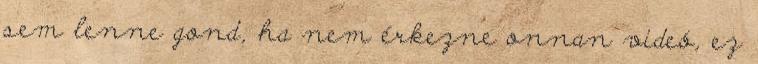
sem lenne gond, ha nem érkezne onnan videó, ez